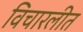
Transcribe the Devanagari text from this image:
विचारलीत